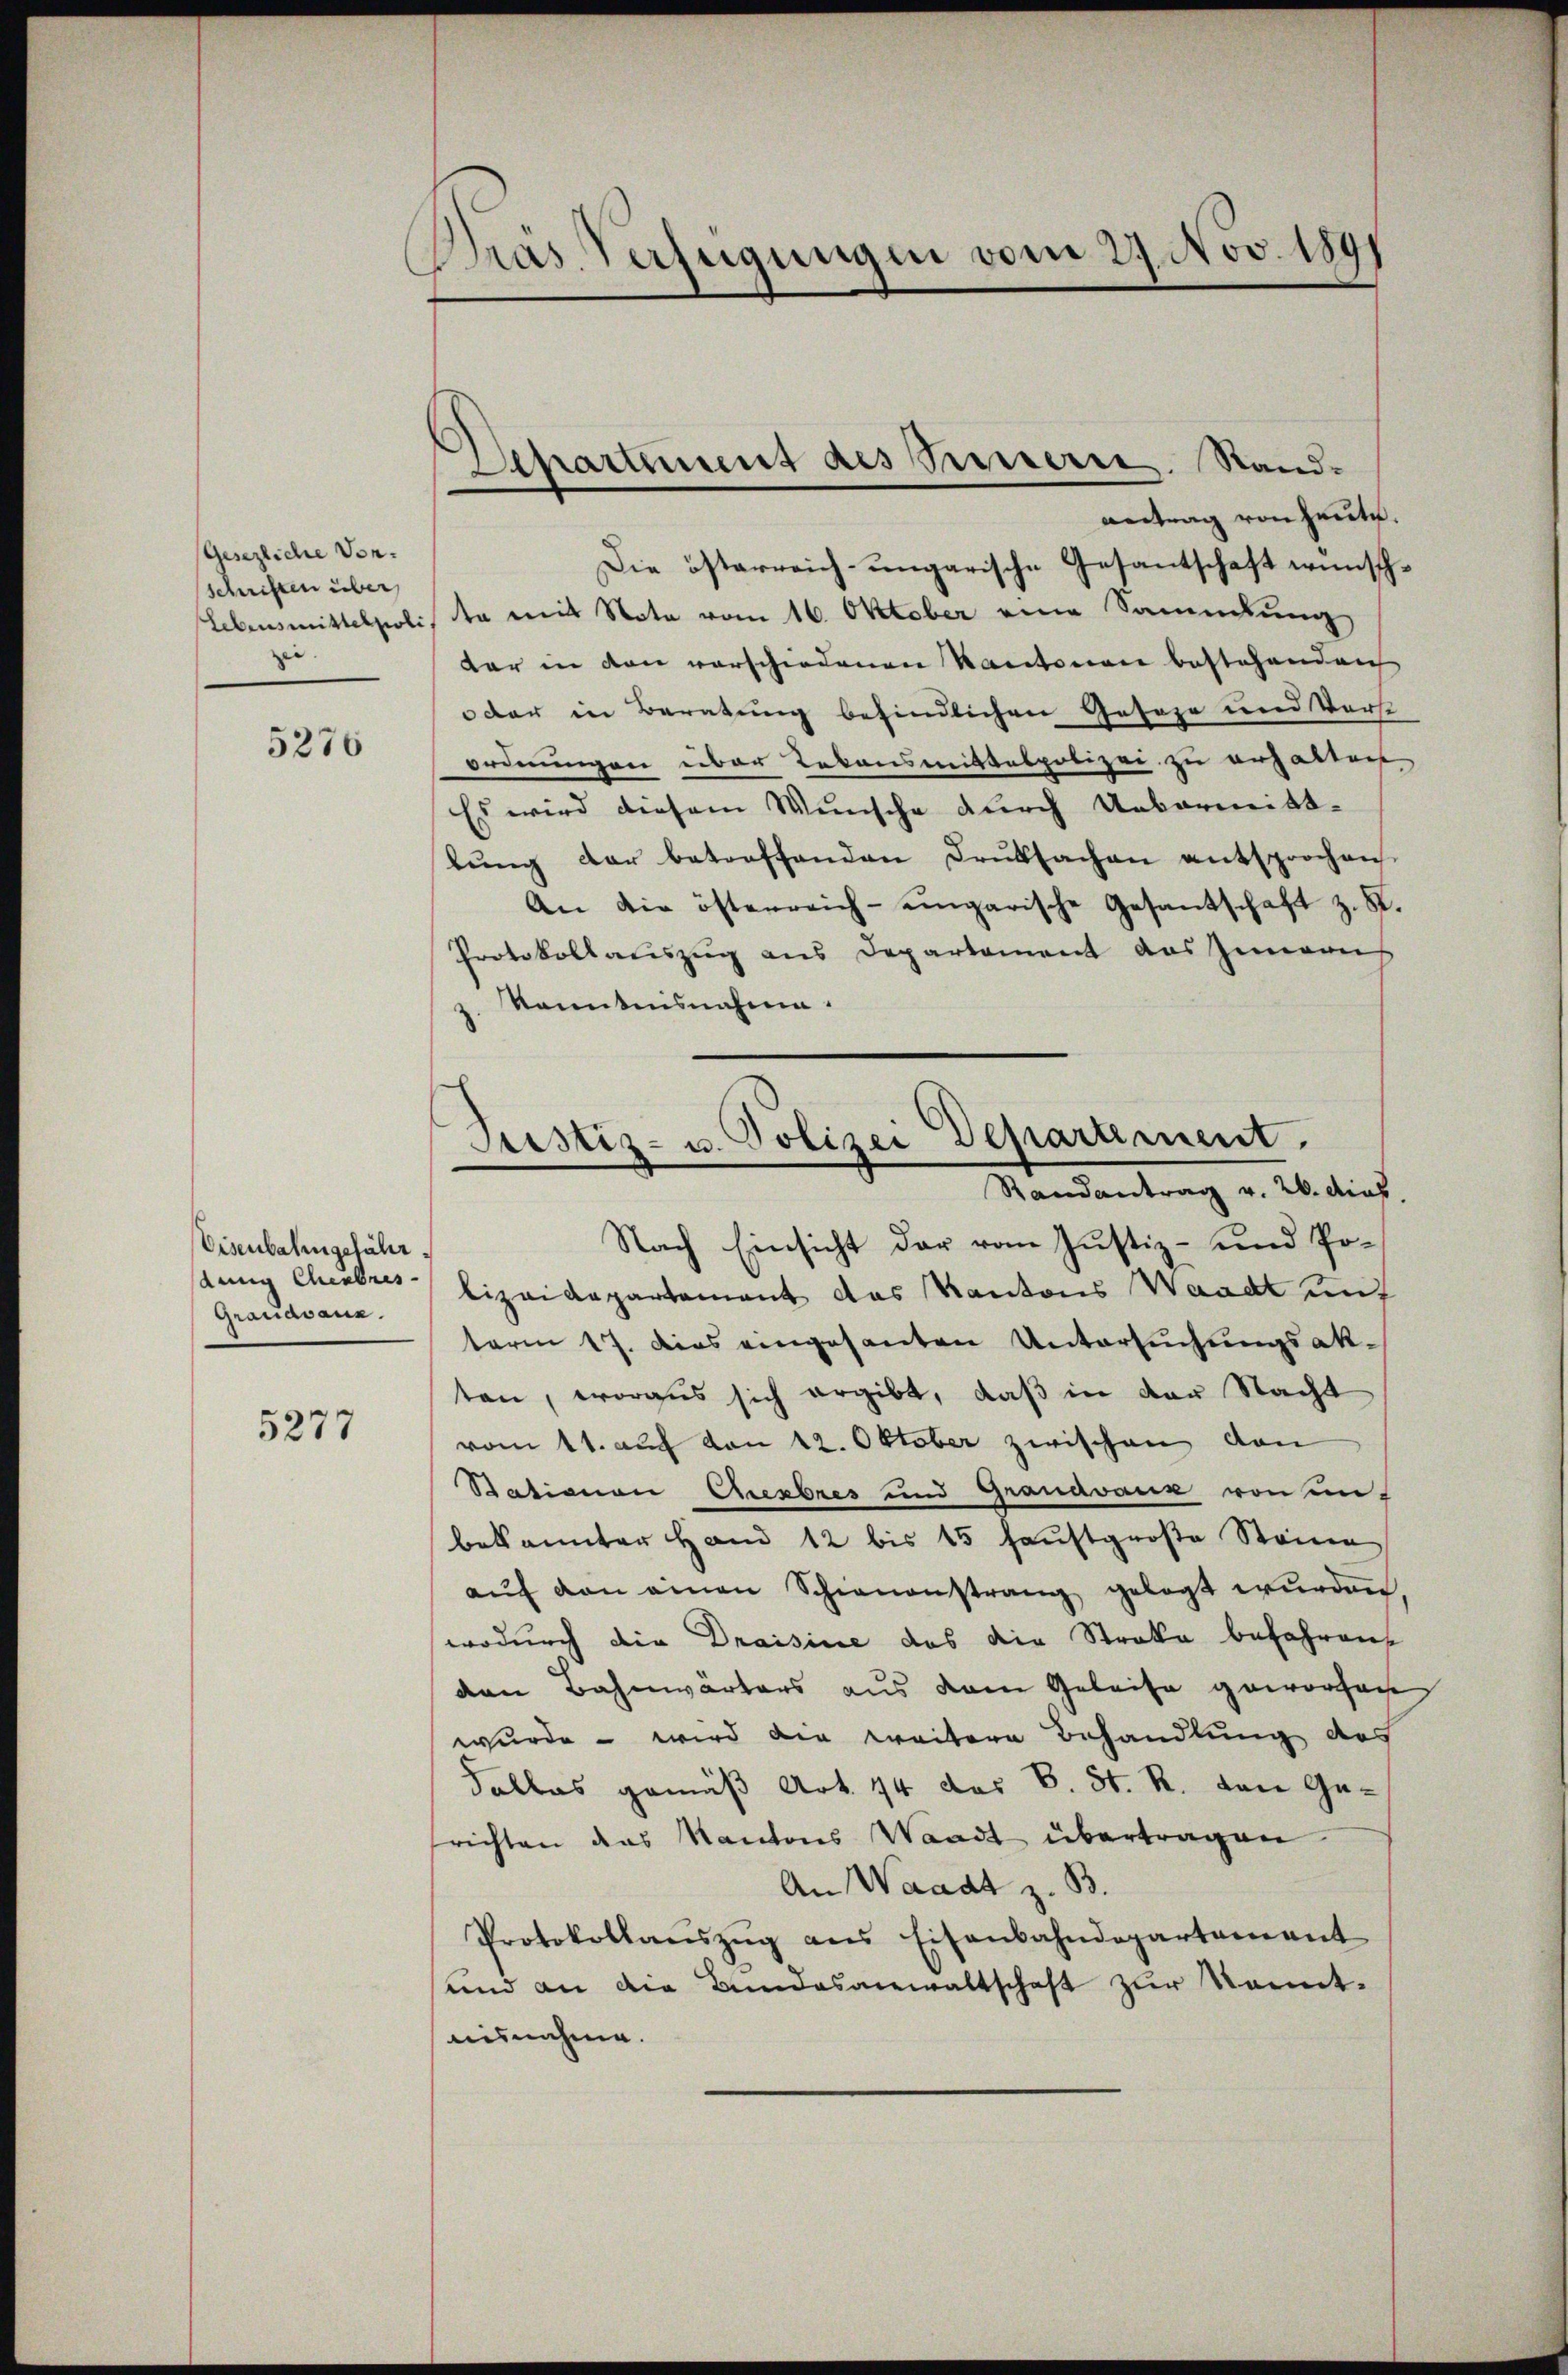
(Gesezliche Vorschriften über
Lebensmittelpoli
zei.

5276

Eisenbahngefähr,
dung Chembres
Grandvanz.

5277

Das Verfügungen vom 29. Nov. 1891

Departement des Superie. Standantrag von heute.

Die österreich-ungarische Gesantschaft wünsch
te mit Note vom 16. Oktober eine Sammlung
der in den vorschiedenen Kantonen bestehenden
oder in Beratung befindlichen Geseze und Vorst
ordnungen über Rekonsmittalpolizei zu erhalten
Es wird diesem Wunsche durch Uebermittlŭng der betreffenden Brŭtsachen entsprochen
An die östenreich-ungarische Gesantschaft z. R.
Protokollauszug aus Departement das Zimanns
kanntnisnahme.
lizeidepartement das Kantons Waadt mit
term 17. dies eingesanten Untersuchungsak-
ten, woraus sich ergibt, daß in der Nacht
vom 11. auf von 12. Oktober zwischen von
Bationen Crexbres und Grandvanz von un-
bekannter Hand 12 bis 15 haustgroße Steinen
aŭf den einen Schienanstrang gelegt wurden
wodurch die Draisine das die Streke befahren,
den Bahnwärters aus dem Geleise geworfen
wurde – wird die weitere Behandlung des
Falles gemäß Art. 44 des B. St. R. von Gesrichten das Kantons Waadt übertragen
An Waadt z. B.
Protokollanszŭg ans Eisenbahndepartement
und an die Bundesanwaltschaft zur kannt.
ausnahme.

Justiz- u. Polizei Departement.
Randantrag v. 26. dies
Nach Einsicht der vom Justiz- und Po¬